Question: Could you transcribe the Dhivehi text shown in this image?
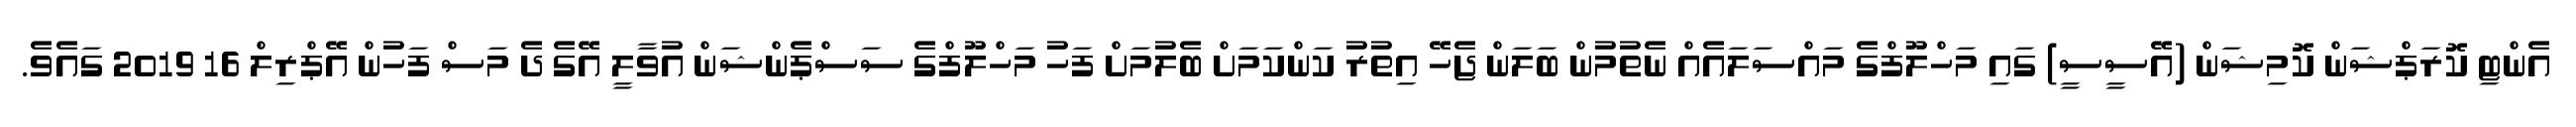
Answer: އެންޓި ކޮރަޕްޝަން ކޮމިޝަން (އޭސީސީ) ގައި މަހްލޫފްގެ މައްސަލައެއް ނެތުމުން ބަލަން ޖެހޭ އިތުރު ކަންކަމަށް ބެލުމަށް ފަހު މަހްލޫފްގެ ސަސްޕެންޝަން އުވާލީ އޭގެ ދެ މަސް ފަހުން އޭޕްރިލް 16 2019 ގައެވެ.